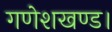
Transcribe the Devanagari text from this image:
गणेशखण्ड।